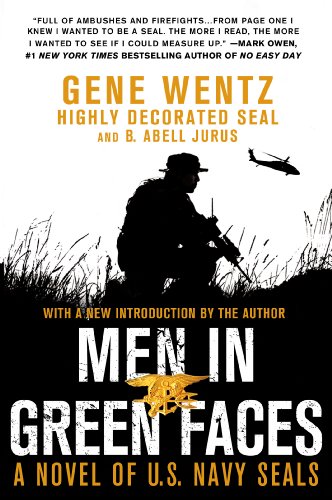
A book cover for Men in Green Faces: A Novel of U.S. Navy SEALs; Gene Wentz; Literature & Fiction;